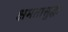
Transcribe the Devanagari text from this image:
क्षमतासुद्धा